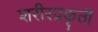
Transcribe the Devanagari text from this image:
शरीरप्रकृती